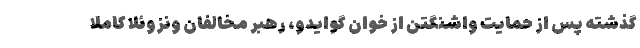
گذشته پس از حمایت واشنگتن از خوان گوایدو، رهبر مخالفان ونزوئلا کاملا